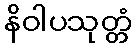
နိဝါပသုတ္တံ